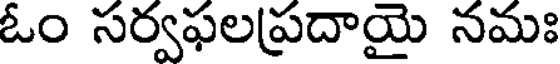
ఓం సర్వఫలప్రదాయై నమః